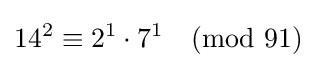
14^{2}\equiv 2^{1}\cdot 7^{1}{\pmod {91}}